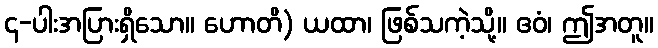
၄-ပါးအပြားရှိသော။ ဟောတိ) ယထာ၊ ဖြစ်သကဲ့သို့။ ဧဝံ၊ ဤအတူ။